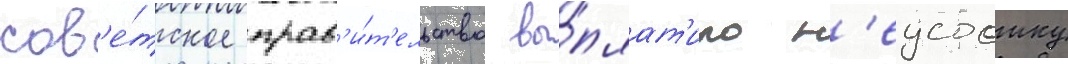
сов'е́тское прав'и́т'ельство вы́плат'ило н'еустоику